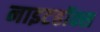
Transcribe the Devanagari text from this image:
नाइटहॉक्स